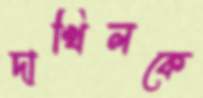
দাখিলকে